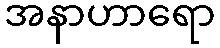
အနာဟာရော